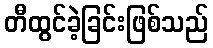
တီထွင်ခဲ့ခြင်းဖြစ်သည်